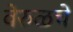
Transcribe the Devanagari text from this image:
वेरुळचे